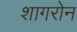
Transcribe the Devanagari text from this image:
शागरोन